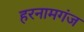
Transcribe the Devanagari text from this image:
हरनामगंज